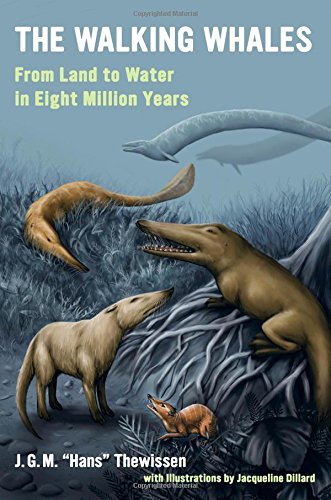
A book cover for The Walking Whales: From Land to Water in Eight Million Years; J. G. M. "Hans" Thewissen; Science & Math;